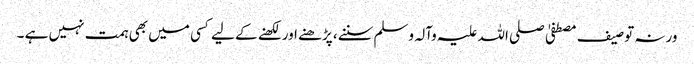
ورنہ توصیف مصطفیٰ صلی اللہ علیہ وآلہ وسلم سننے، پڑھنے اور لکھنے کے لیے کسی میں بھی ہمت نہیں ہے ۔